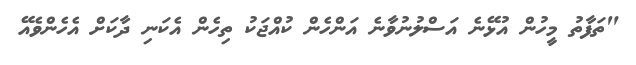
"ތަފާތު މީހުން އުޅޭނެ އަސްލުނުވާނެ އަންހެން ކުއްޖަކު ތިހެން އެކަނި ދާކަށް އެހެންވެއޭ